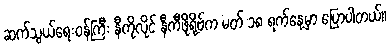
ဆက်သွယ်ရေးဝန်ကြီး နီကိုလိုင် နီကီဖိုရို့ဗ်က မတ် ၁၈ ရက်နေ့မှာ ပြောပါတယ်။